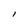
Character: l